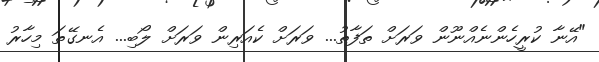
"އޭނާ ކުރީހެންނެއްނޫން ވަރަށް ތަފާތު... ވަރަށް ކެއަރިން ވަރަށް ލޯބި... އެނގޭތަ މިހާރު